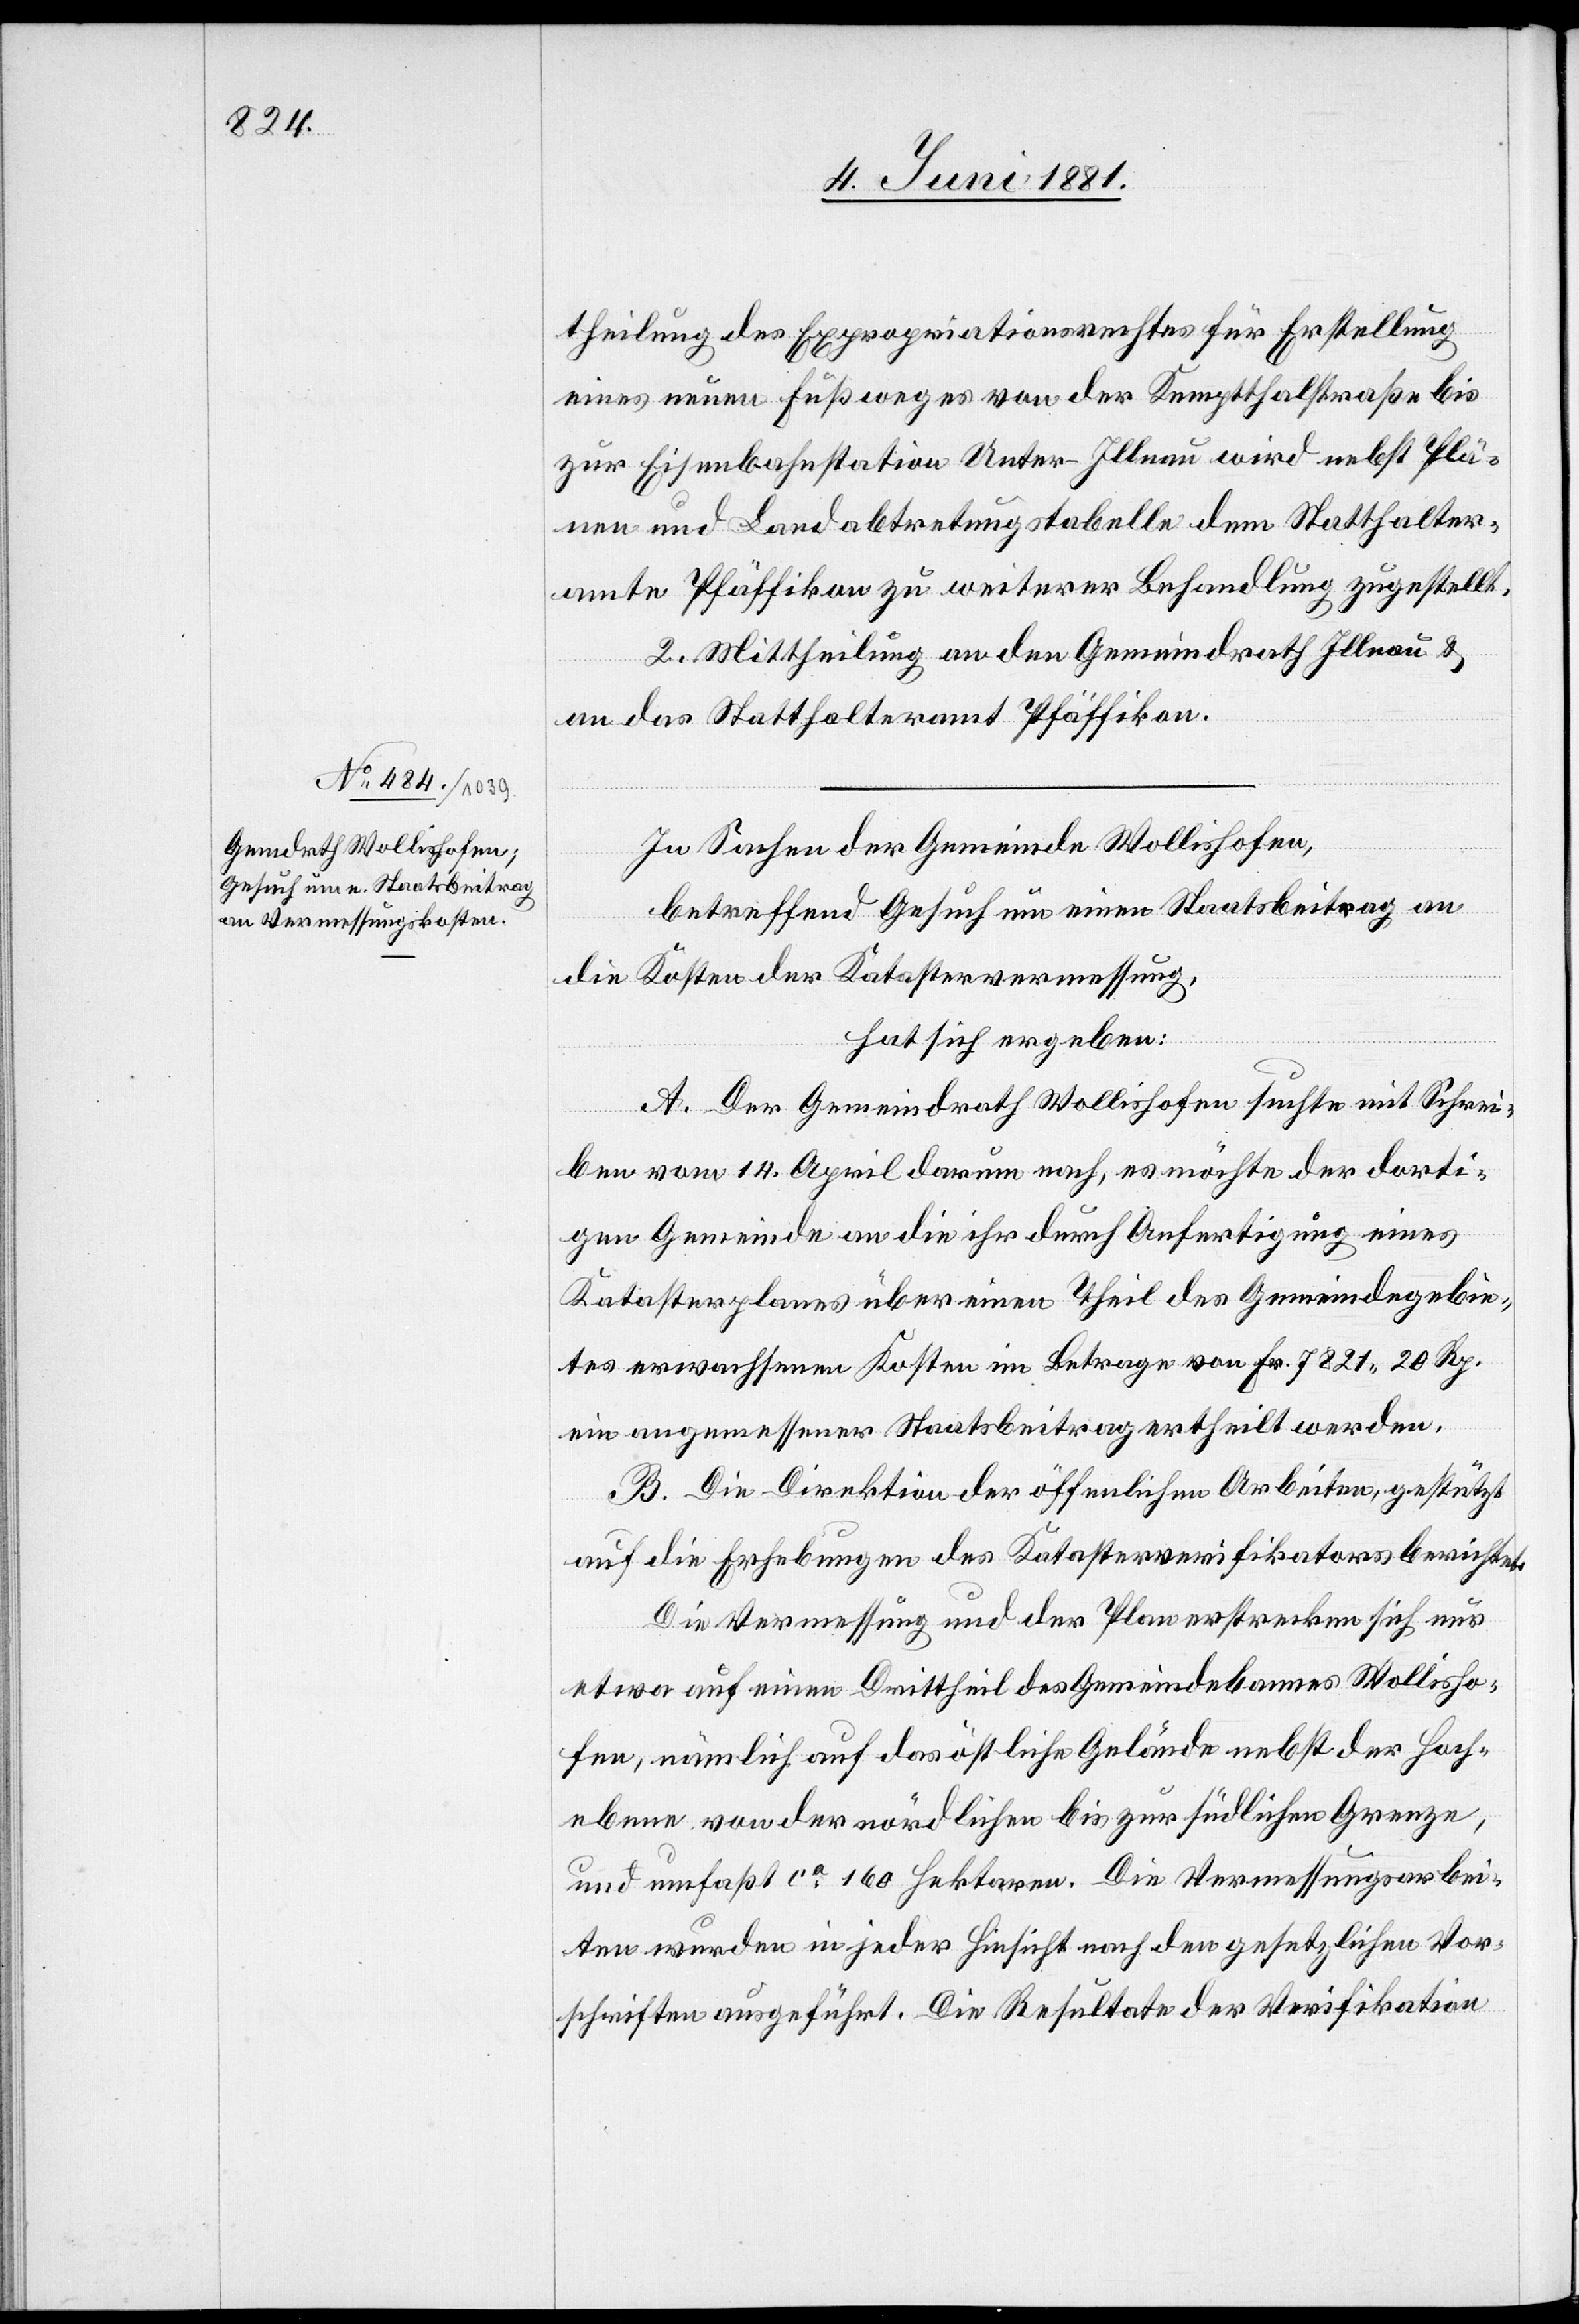
theilung des Expropriationsrechtes für Erstellung
eines neuen Fußweges von der Kemptthalstraße bis
zur Eisenbahnstation Unter-Illnau wird nebst Plä¬
nen und Landabtretungstabelle dem Statthalter¬
amte Pfäffikon zu weiterer Behandlung zugestellt.
2. Mittheilung an den Gemeindrath Illnau &
an das Statthalteramt Pfäffikon.
In Sachen der Gemeinde Wollishofen,
betreffend Gesuch um einen Staatsbeitrag an
die Kosten der Katastervermessung,
hat sich ergeben:
A. Der Gemeindrath Wollishofen suchte mit Schrei¬
ben vom 14. April darum nach, es möchte der dorti¬
gen Gemeinde an die ihr durch Anfertigung eines
Katasterplanes über einen Theil des Gemeindegebie¬
tes erwachsenen Kosten im Betrage von Fr. 7821 20 Rp.
ein angemessener Staatsbeitrag ertheilt werden.
B. Die Direktion der öffentlichen Arbeiten, gestützt
auf die Erhebungen des Katasterverifikators berichtet:
Die Vermessung und der Plan erstrecken sich auf
etwa auf einen Drittheil des Gemeindebannes Wollisho¬
fen, nämlich auf das östliche Gelände nebst der Hoch¬
ebene von der nördlichen bis zur südlichen Grenze
und umfaßt ca 160 Hektaren. Die Vermessungsarbei¬
ten wurden in jeder Hinsicht nach den gesetzlichen Vor¬
schriften ausgeführt. Die Resultate der Verifikation